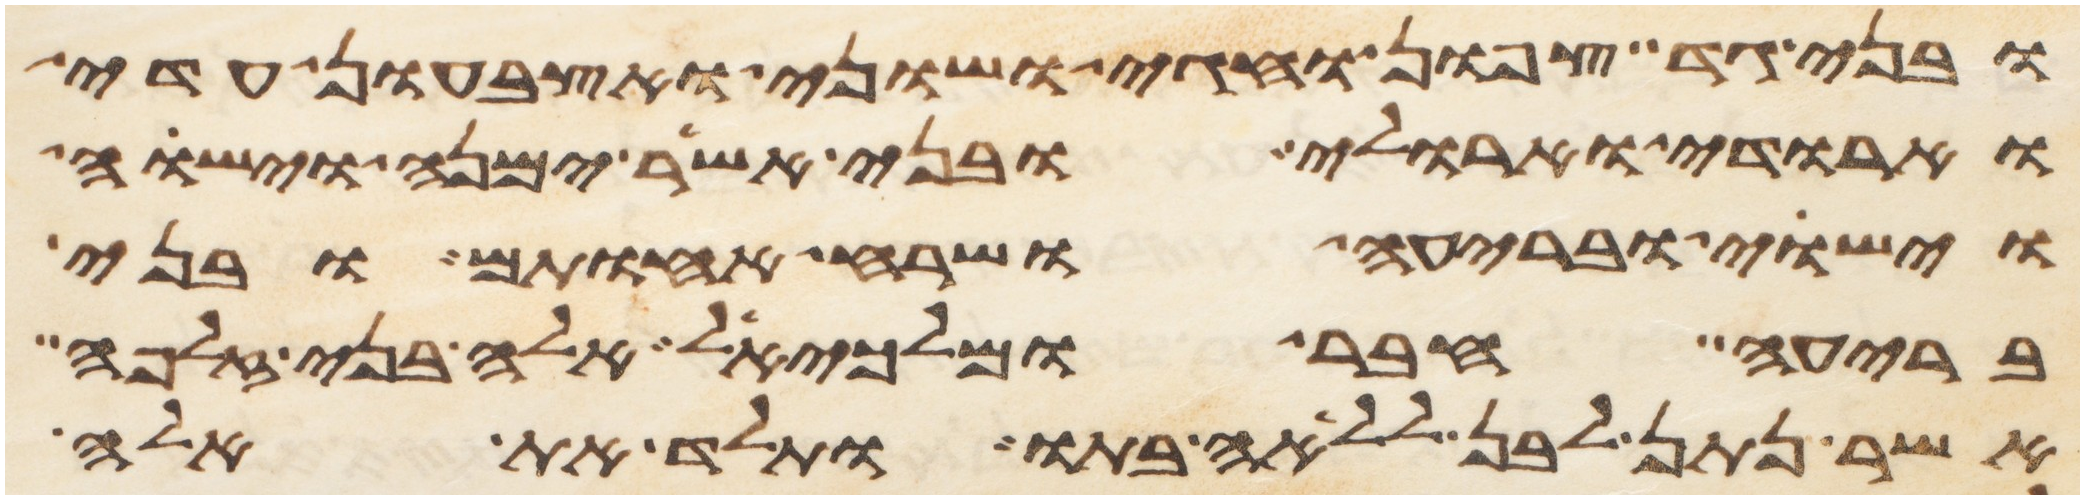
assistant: ובני גד צפון וחגי ושוני ואצבעון עדי
וארודי וארולי ובני אשר ימנה וישוה
וישוי ובריעה ושרח אחותם ובני
בריעה חבר ומלכיאל אלה בני זלפה
אשר נתן לבן ללאה בתו ותלד את אלה